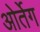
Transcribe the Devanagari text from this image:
ओर्तेग